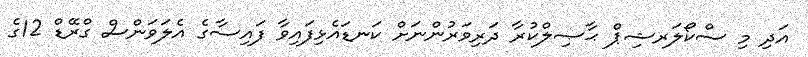
އަދި މި ސްކޯލަރޝިޕް ޙާޞިލްކުރާ ދަރިވަރުންނަށް ކަނޑައެޅިފައިވާ ފައިސާގެ އެލަވަންސް ގްރޭޑް 12ގެ